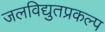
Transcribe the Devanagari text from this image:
जलविद्युतप्रकल्प